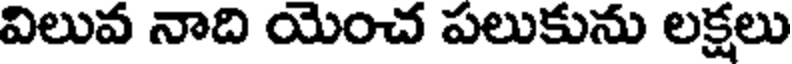
విలువ నాది యెంచ పలుకును లక్షలు